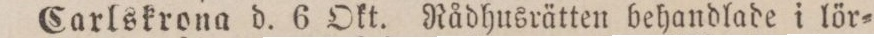
Carlskrona d. 6 Okt. Rådhusrätten behandlade i lör=